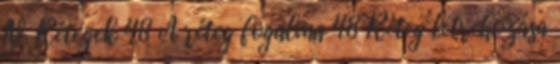
IV. Rétegek 48 A réteg fogalma 48 Réteg létrehozása